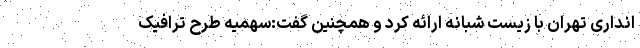
انداری تهران با زیست شبانه ارائه کرد و همچنین گفت:سهمیه طرح ترافیک